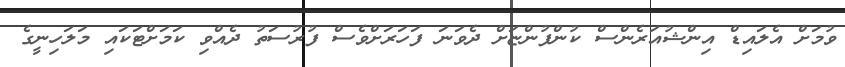
ވުމަށް އެލައިޑް އިންޝުއަރެންސް ކުންފުންޏަށް ދެވަނަ ފަހަރަށްވެސް ފުރުސަތު ދެއްވި ކަމަށްޓަކައި މަލަހިނީގެ